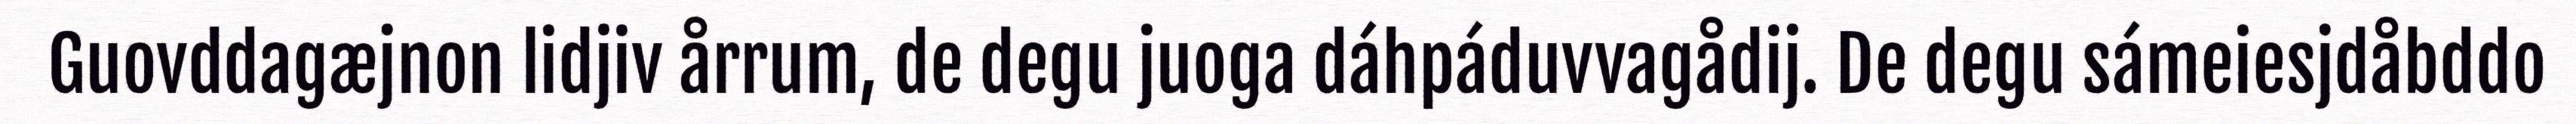
Guovddagæjnon lidjiv årrum, de degu juoga dáhpáduvvagådij. De degu sámeiesjdåbddo